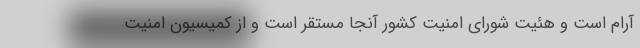
آرام است و هئیت شورای امنیت کشور آنجا مستقر است و از کمیسیون امنیت